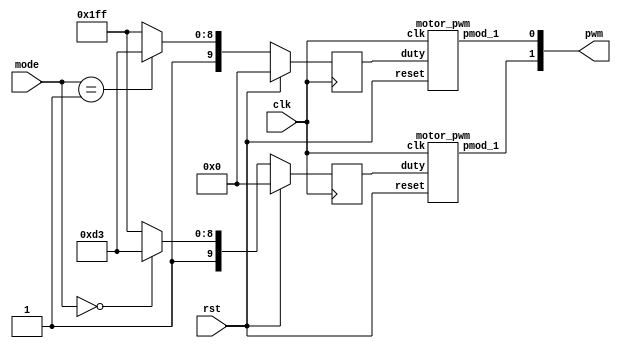
module motor(
    input clk,
    input rst,
    input [2:0] mode, // take state in tracker_sensor as input
    output wire [1:0] pwm
);

    reg [9:0]next_left_motor, next_right_motor;
    reg [9:0]left_motor, right_motor;
    wire left_pwm, right_pwm;
    
    parameter turn_left = 3'd0;
    parameter turn_right = 3'd1;
    parameter go_straight = 3'd2;
    parameter sharp_turn_left = 3'd3;
    parameter sharp_turn_right = 3'd4;
    parameter back = 3'd5;
    
    parameter straight_speed = 10'd1023;
    parameter turn_in = 10'd723;
    parameter turn_out = 10'd1023;
    parameter sharp_turn_in = 10'd1023;
    parameter sharp_turn_out = 10'd1023;
    parameter back_speed = 10'd1023;


    motor_pwm m0(clk, rst, left_motor, left_pwm);
    motor_pwm m1(clk, rst, right_motor, right_pwm);
    
    always@(posedge clk)begin
        if(rst)begin
            left_motor <= 10'd0;
            right_motor <= 10'd0;
        end else begin
            left_motor <= next_left_motor;
            right_motor <= next_right_motor;
        end
    end
    
    // [TO-DO] take the right speed for different situation
    always@(*)begin
        case(mode)
        // speed max 1023
        turn_left:begin
            next_left_motor = turn_in;
            next_right_motor = turn_out;
        end
        turn_right:begin
            next_left_motor = turn_out;
            next_right_motor = turn_in;
        end
        sharp_turn_left:begin 
            next_left_motor = sharp_turn_in;
            next_right_motor = sharp_turn_out;
        end
        sharp_turn_right:begin 
            next_left_motor = sharp_turn_out;
            next_right_motor = sharp_turn_in;
        end
        go_straight:begin
            next_left_motor = straight_speed;
            next_right_motor = 10'd1023;
        end
        default:begin
            next_left_motor = straight_speed;
            next_right_motor = straight_speed;
        end
        endcase
    end

    assign pwm = {left_pwm, right_pwm};
endmodule

module motor_pwm (
    input clk,
    input reset,
    input [9:0]duty,
	output pmod_1 //PWM
);
        
    PWM_gen pwm_0 ( 
        .clk(clk), 
        .reset(reset), 
        .freq(32'd25000),
        .duty(duty), 
        .PWM(pmod_1)
    );

endmodule

//generte PWM by input frequency & duty
module PWM_gen (
    input wire clk,
    input wire reset,
	input [31:0] freq,
    input [9:0] duty,
    output reg PWM
);
    wire [31:0] count_max = 32'd100_000_000 / freq;
    wire [31:0] count_duty = count_max * duty / 32'd1024;
    reg [31:0] count;
        
    always @(posedge clk, posedge reset) begin
        if (reset) begin
            count <= 32'b0;
            PWM <= 1'b0;
        end else if (count < count_max) begin
            count <= count + 32'd1;
            if(count < count_duty)
                PWM <= 1'b1;
            else
                PWM <= 1'b0;
        end else begin
            count <= 32'b0;
            PWM <= 1'b0;
        end
    end
endmodule